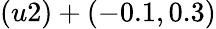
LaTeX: (u2)+(-0.1,0.3)